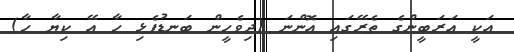
އަކީ ޢަރަބީންގެ ތެރޭގައި އޮންނަ (ދިވެހީން ބަނޑުފެޅި ހާ އޭ ކިޔާ ހާ)